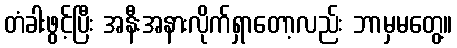
တံခါးဖွင့်ပြီး အနီးအနားလိုက်ရှာတော့လည်း ဘာမှမတွေ့။